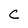
Character: C